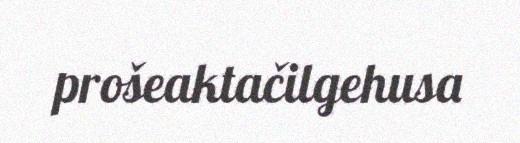
prošeaktačilgehusa